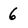
Character: 6